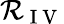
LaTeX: \mathcal{R}_{\mathrm{{~I~V~}}}